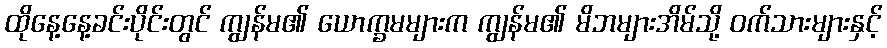
ထိုနေ့နေ့ခင်းပိုင်းတွင် ကျွန်မ၏ ယောက္ခမများက ကျွန်မ၏ မိဘများအိမ်သို့ ဝက်သားများနှင့်